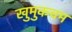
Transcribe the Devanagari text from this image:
खुमुकचम